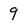
Character: 9